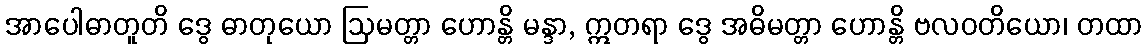
အာပေါဓာတူတိ ဒွေ ဓာတုယော ဩမတ္တာ ဟောန္တိ မန္ဒာ, ဣတရာ ဒွေ အဓိမတ္တာ ဟောန္တိ ဗလဝတိယော၊ တထာ